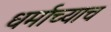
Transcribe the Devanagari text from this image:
धर्माच्याच